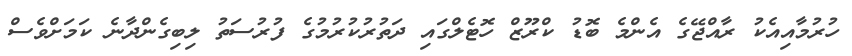
ހުރުމާއިއެކު ރާއްޖޭގެ އެންމެ ބޮޑު ކްރޫޒް ހޮޓެލްގައި ދަތުރުކުރުމުގެ ފުރުސަތު ލިބިގެންދާނެ ކަމަށްވެސް